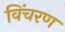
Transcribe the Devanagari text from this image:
विंचरण